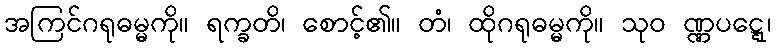
အကြင်ဂရုဓမ္မကို။ ရက္ခတိ၊ စောင့်၏။ တံ၊ ထိုဂရုဓမ္မကို။ သုဝ ဏ္ဏပဋ္ဋေ၊